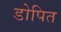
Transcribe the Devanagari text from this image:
डोपित